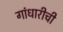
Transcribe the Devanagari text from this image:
गांधारीची